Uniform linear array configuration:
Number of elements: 32
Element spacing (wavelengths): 0.5
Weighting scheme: binomial
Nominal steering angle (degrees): -15
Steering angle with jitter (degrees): -13.678
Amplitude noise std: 0.05
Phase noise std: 0.05

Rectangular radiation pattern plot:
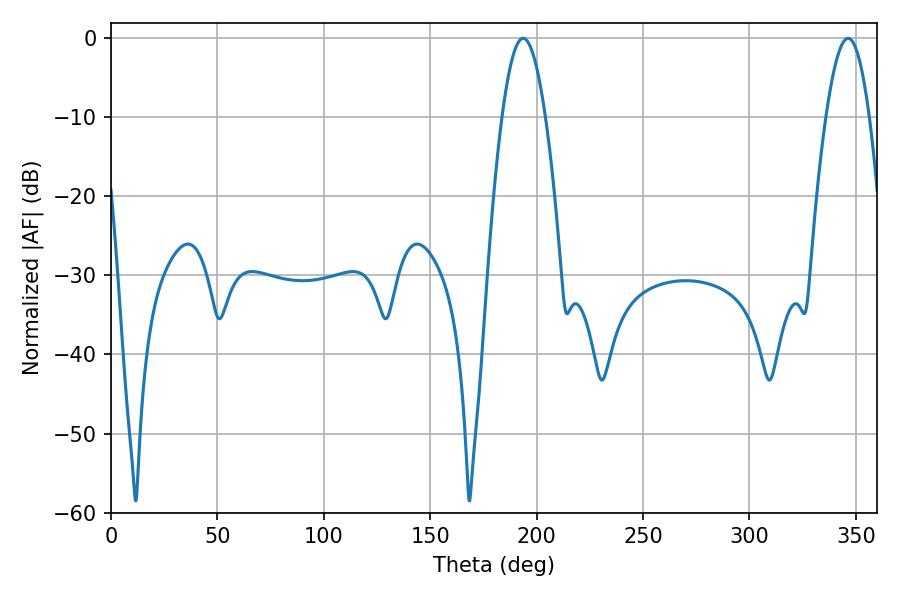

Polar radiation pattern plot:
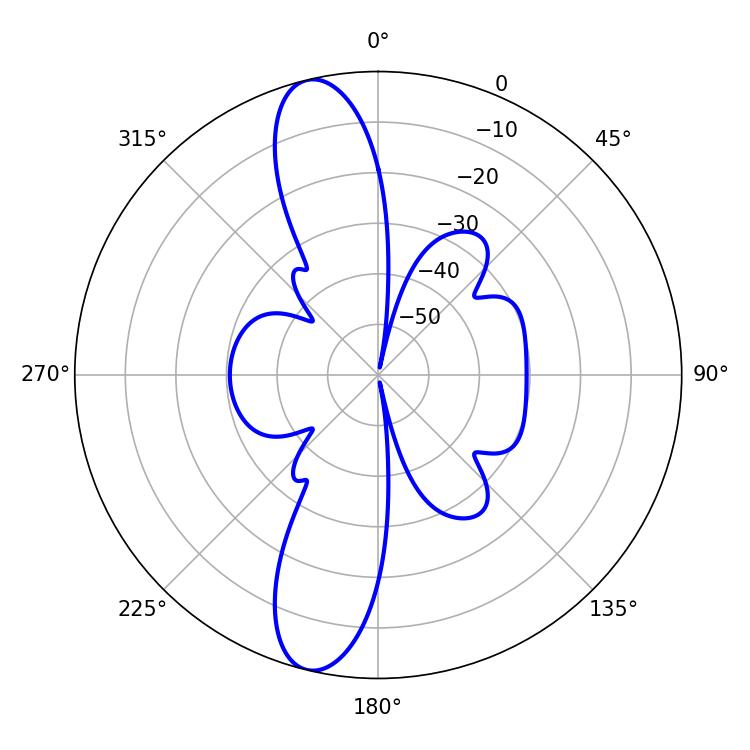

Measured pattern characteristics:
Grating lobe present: FALSE
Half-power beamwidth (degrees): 10.98
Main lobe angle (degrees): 193.68